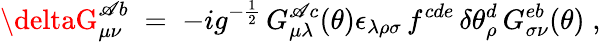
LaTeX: \deltaG_{\mu\nu}^{\mathscr{A}b}\; =\; -ig^{-\frac{{1}}{{2}}}\, G_{\mu\lambda}^{\mathscr{A}c}(\theta)\epsilon_{\lambda\rho\sigma}\, f^{cde}\, \delta\theta_{\rho}^{d}\, G_{\sigma\nu}^{eb}(\theta)\; ,